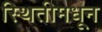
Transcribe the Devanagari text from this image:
स्थितीमधून